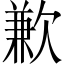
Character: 歉